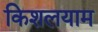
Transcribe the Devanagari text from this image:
किशलयाम